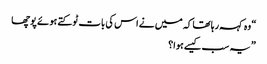
“ وہ کہہ رہا تھا کہ میں نے اس کی بات ٹوکتے ہوئے پوچھا
” یہ سب کیسے ہوا؟